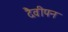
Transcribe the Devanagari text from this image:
दैवीपन